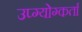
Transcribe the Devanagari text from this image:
उप्ग्योग्कर्ता